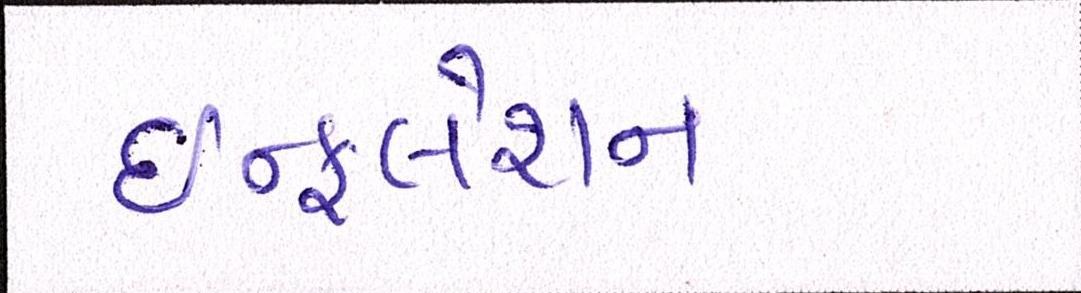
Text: ઇન્ફલેશન